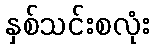
နှစ်သင်းစလုံး